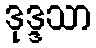
ဒုဒ္ဒသာ